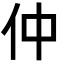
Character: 仲